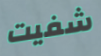
شفيت